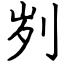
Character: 刿